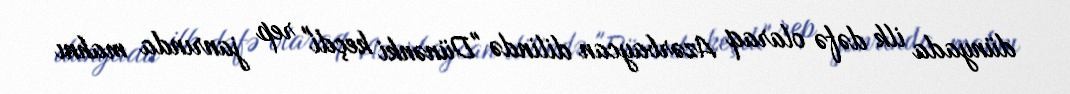
dünyada ilk dəfə olaraq Azərbaycan dilində "Dünənki keçdi" rep janrında mahnı